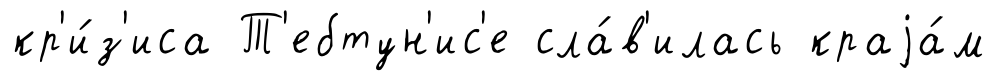
кр'и́з'иса Т'ебтун'ис'е сла́в'илась краjа́м